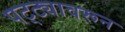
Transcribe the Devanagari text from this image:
पट्ट्यावरून